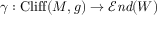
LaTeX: \gamma : \mathrm { C l i f f } ( M , g ) \to { \mathcal { E } } { \mathit { n d } } ( W )